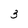
Character: 3